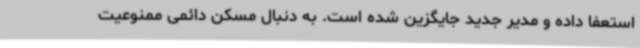
استعفا داده و مدیر جدید جایگزین شده است. به دنبال مسکن دائمی ممنوعیت